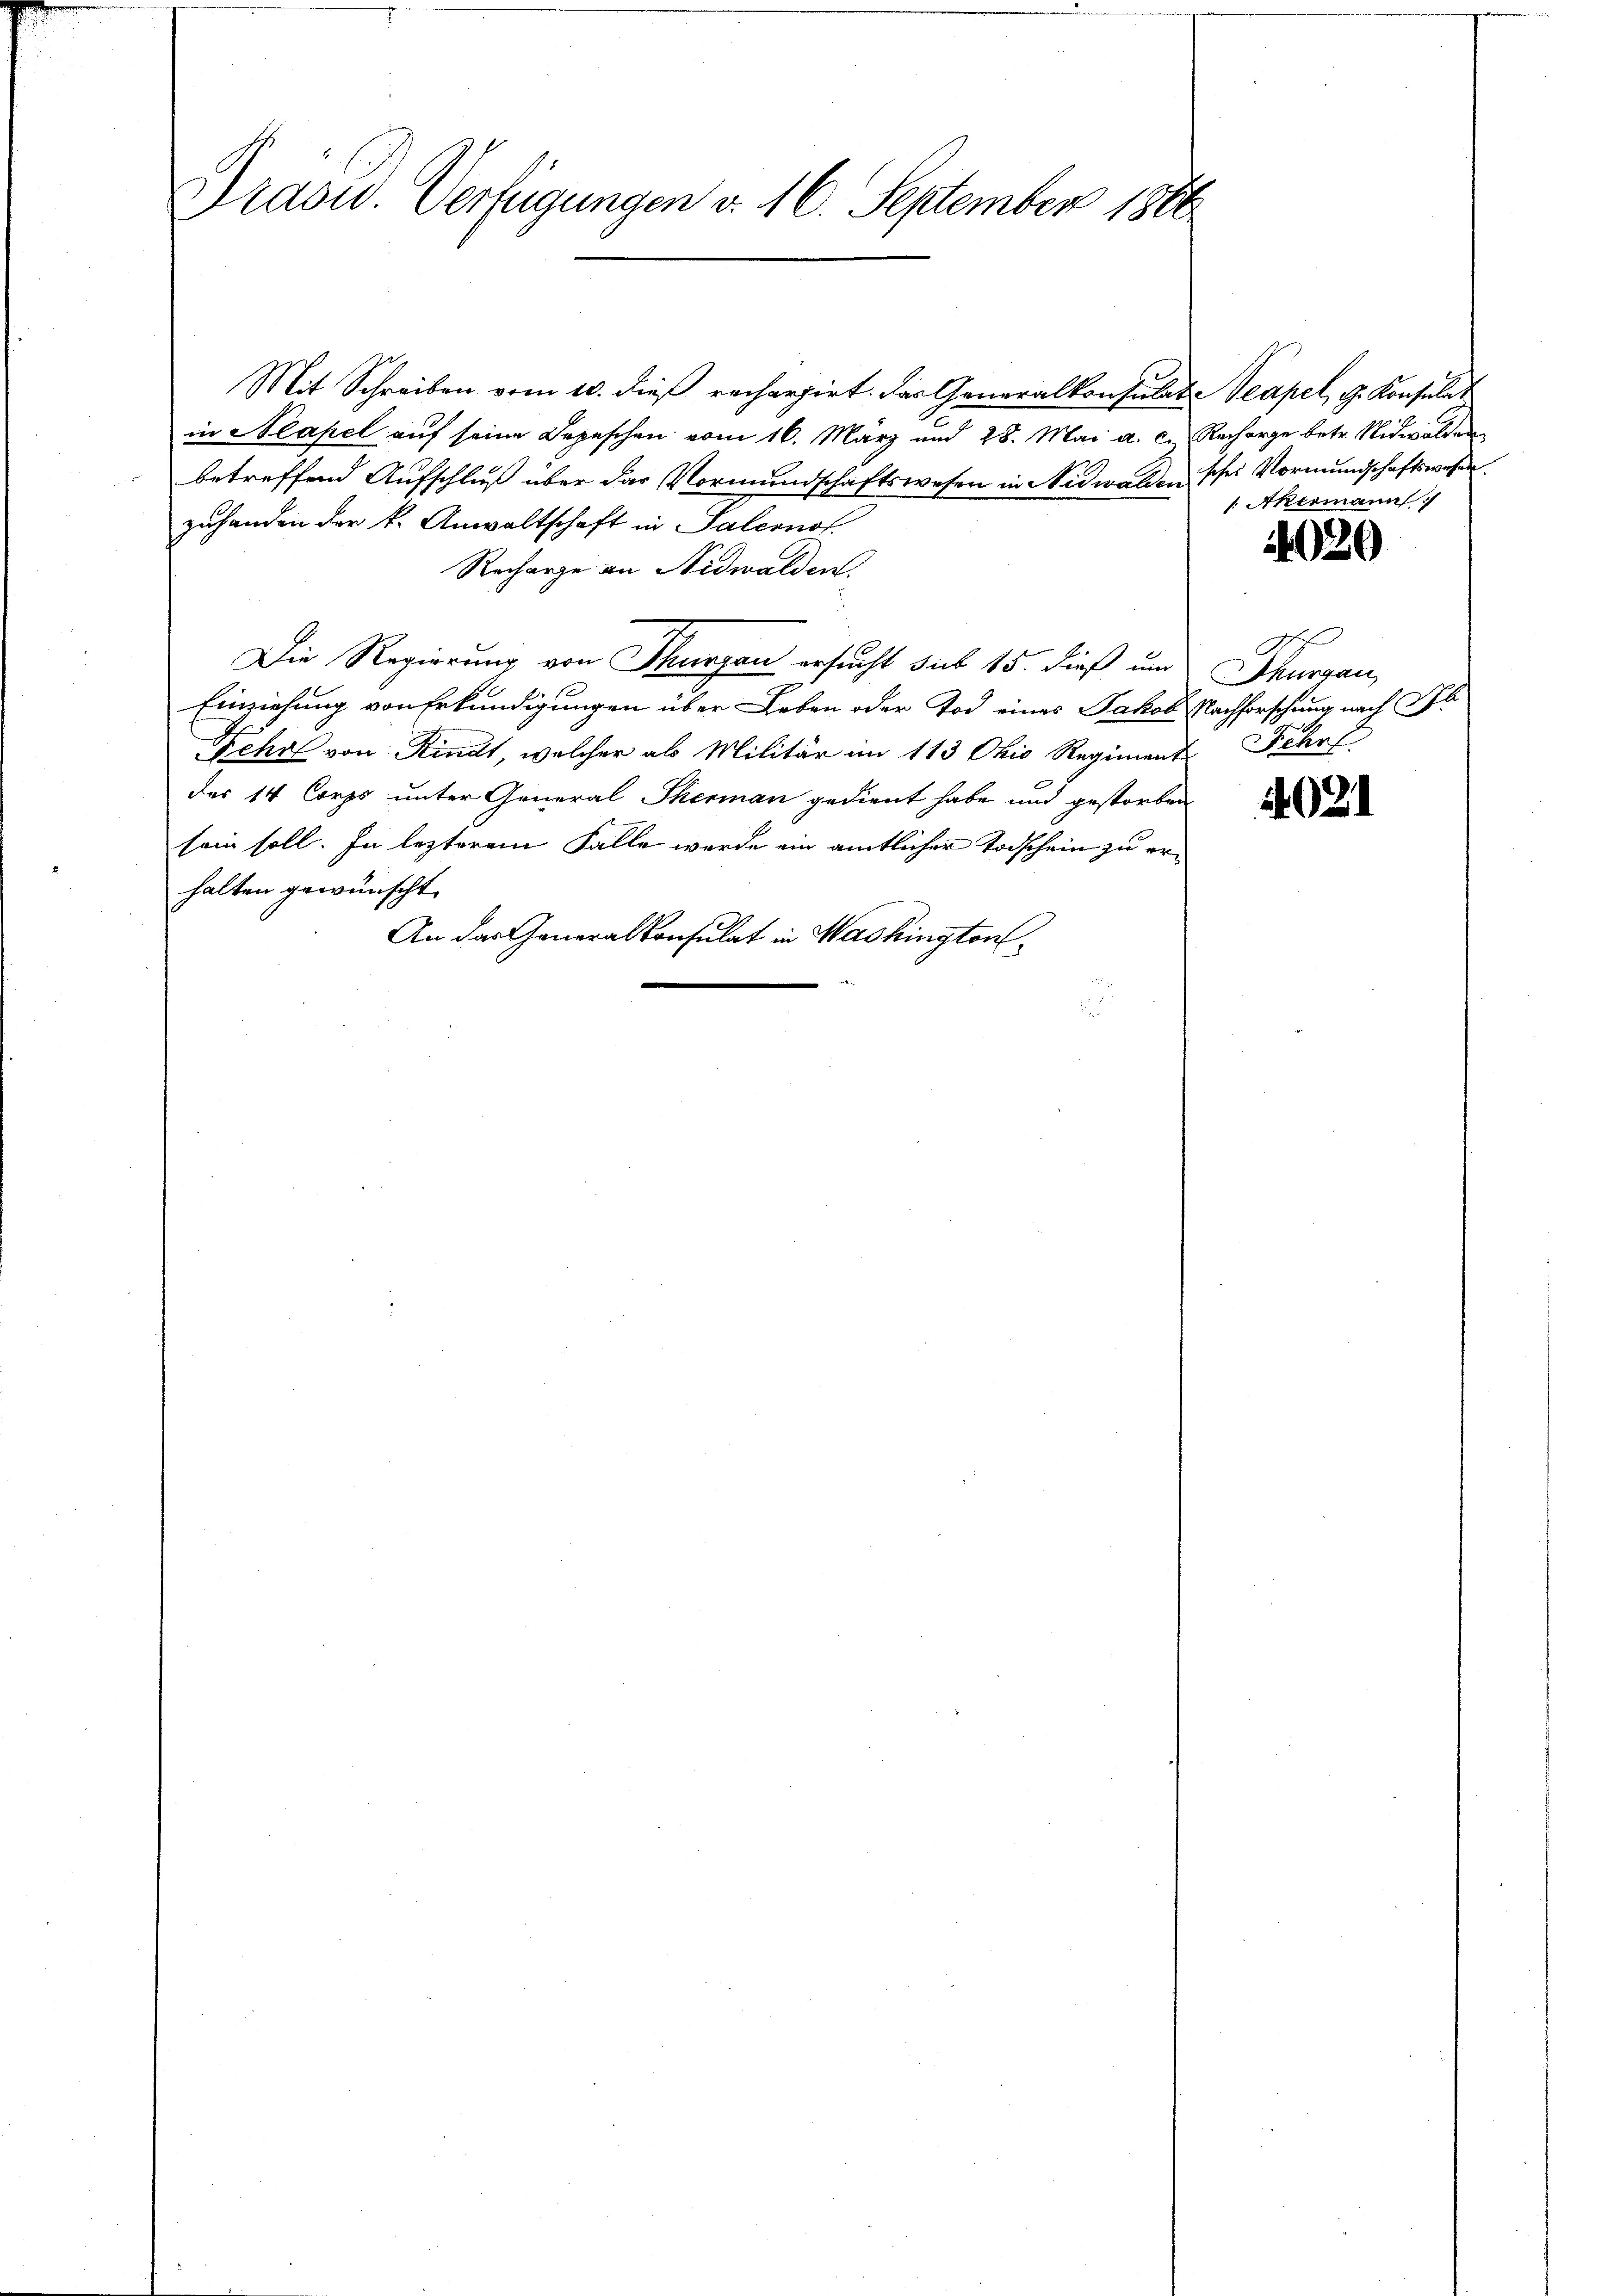
Drasw. Verfügungen d. 16. September 1866

Mit Schreiben vom 10. dieß rechargirt. Das Generalkonsulat-Seapel, G. Konsulat
in Neapel auf seine Depeschen vom 16. März und 28. Mai a. c. Recharge betr. Nidwalden
betreffend Aufschluß über das Vormundschaftswesen in Nidwalden scher Vormundschaftswesen.
zuhanden der k. Anwaltschaft in Salernof
Recharge an Nidwalden.
Die Regierung von Thurgau ersucht sub 15. dieß und Thurgau,
Einziehung von Erkundigungen über Leben oder Tod eines Jakob Nachforschung nach Pl
Fehr von Kindt, welcher als Militär im 113 Okio Regiment Fehr
des 14 Corps unter General Therman gedient habe und gestorben
sein soll. In lezterem Falle werde ein amtlicher Todschein zu erhalten gewünscht.
An das Generalkonsulat in Washington

1: Akermann

020

Ah

4021